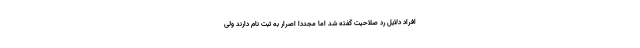
افراد دلایل رد صلاحیت گفته شد اما مجددا اصرار به ثبت نام دارند ولی